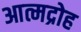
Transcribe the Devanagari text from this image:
आत्मद्रोह